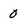
Character: 0